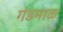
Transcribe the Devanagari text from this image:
गंडमाळ